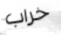
خراب